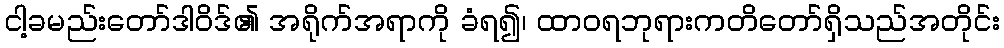
ငါ့ခမည်းတော်ဒါဝိဒ်၏ အရိုက်အရာကို ခံရ၍၊ ထာဝရဘုရားကတိတော်ရှိသည်အတိုင်း